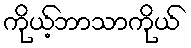
ကိုယ့်ဘာသာကိုယ်